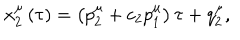
x _ { 2 } ^ { \mu } \left( \tau \right) = \left( p _ { 2 } ^ { \mu } + c _ { 2 } p _ { 1 } ^ { \mu } \right) \tau + q _ { 2 } ^ { \mu } ,